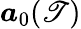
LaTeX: \boldsymbol{a}_{0}(\mathscr{T})